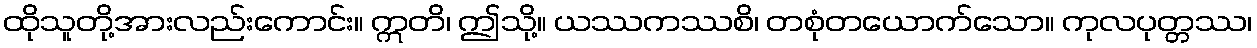
ထိုသူတို့အားလည်းကောင်း။ ဣတိ၊ ဤသို့။ ယဿကဿစိ၊ တစုံတယောက်သော။ ကုလပုတ္တဿ၊